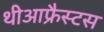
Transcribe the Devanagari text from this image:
थीआफ्रैस्टस